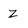
Character: Z